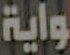
واية